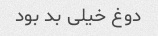
دوغ خیلی بد بود